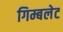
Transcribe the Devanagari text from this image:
गिम्बलेट